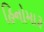
હિનોમારૂ